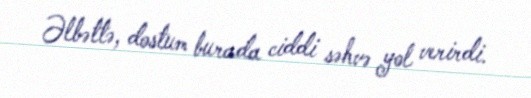
Əlbəttə, dostum burada ciddi səhvə yol verirdi.